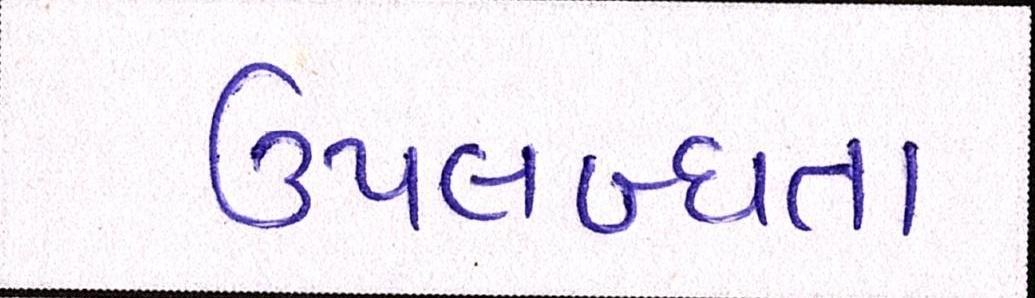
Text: ઉપલબ્ધતા